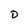
Character: D